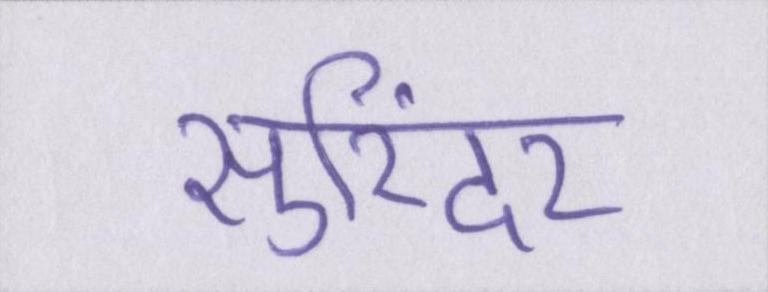
सुरिंदर